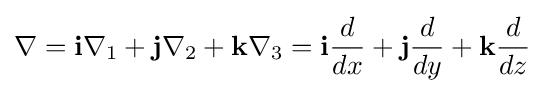
\nabla =\mathbf {i} \nabla _{1}+\mathbf {j} \nabla _{2}+\mathbf {k} \nabla _{3}=\mathbf {i} {\frac {d}{dx}}+\mathbf {j} {\frac {d}{dy}}+\mathbf {k} {\frac {d}{dz}}